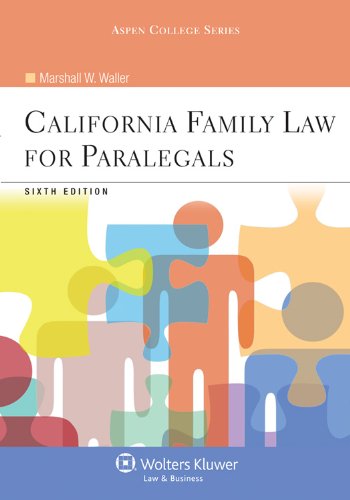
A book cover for California Family Law for Paralegals, Sixth Edition (Aspen College); Marshall W. Waller; Law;